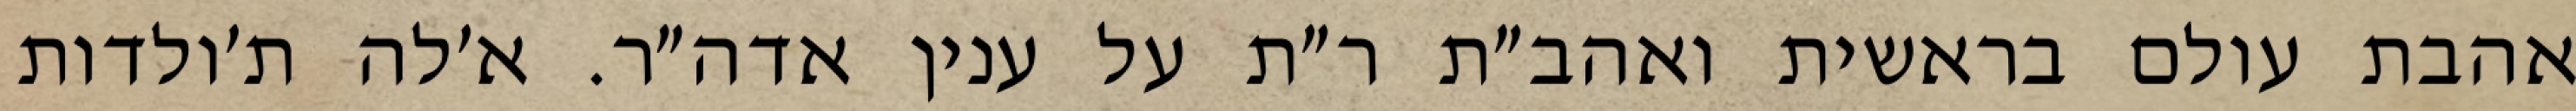
אהבת עולם בראשית ואהב״ת ר״ת על ענין אדה״ר. א׳לה ת׳ולדות